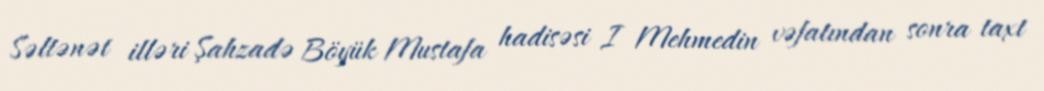
Səltənət illəri Şahzadə Böyük Mustafa hadisəsi I Mehmedin vəfatından sonra taxt